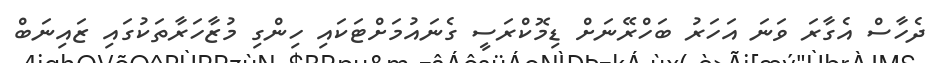
ދެހާސް އެގާރަ ވަނަ އަހަރު ބަހްރޭނަށް ޑިމޮކްރަސީ ގެނައުމަށްޓަކައި ހިންގި މުޒާހަރާތަކުގައި ޒައިނަބް